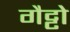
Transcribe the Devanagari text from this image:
गैट्टो